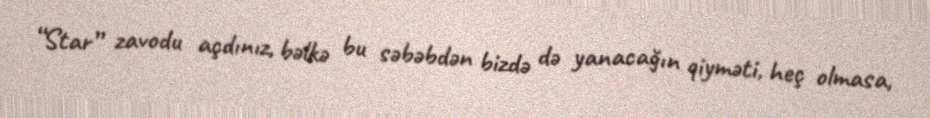
“Star” zavodu açdınız, bəlkə bu səbəbdən bizdə də yanacağın qiyməti, heç olmasa,